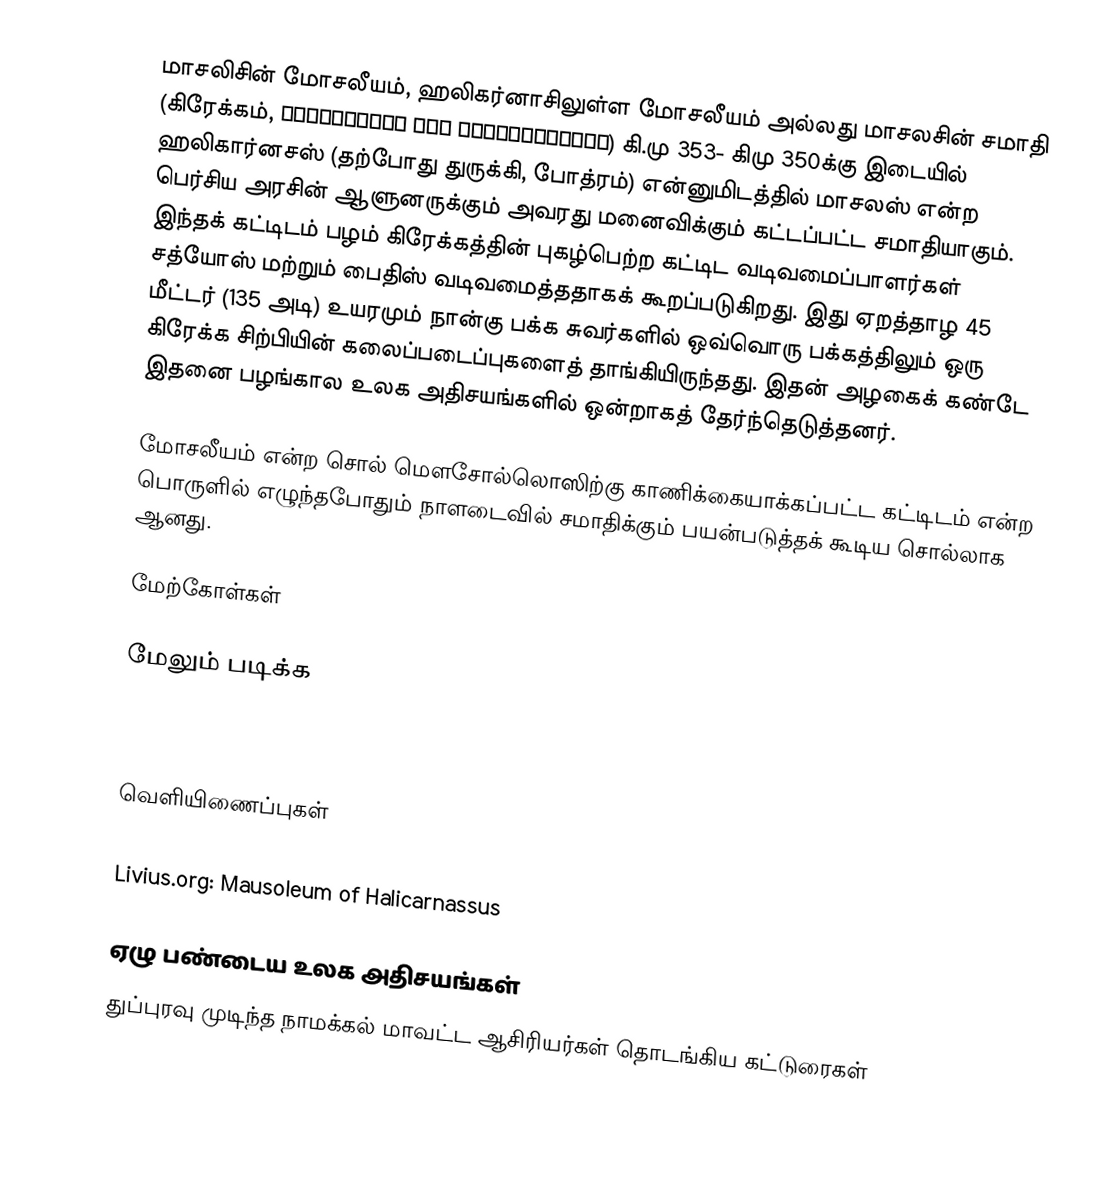
மாசலிசின் மோசலீயம், ஹலிகர்னாசிலுள்ள மோசலீயம் அல்லது மாசலசின் சமாதி (கிரேக்கம், Μαυσωλεῖον της Ἁλικαρνασσοῦ) கி.மு 353- கிமு 350க்கு இடையில் ஹலிகார்னசஸ் (தற்போது துருக்கி, போத்ரம்) என்னுமிடத்தில் மாசலஸ் என்ற பெர்சிய அரசின் ஆளுனருக்கும் அவரது மனைவிக்கும் கட்டப்பட்ட சமாதியாகும். இந்தக் கட்டிடம் பழம் கிரேக்கத்தின் புகழ்பெற்ற கட்டிட வடிவமைப்பாளர்கள் சத்யோஸ் மற்றும் பைதிஸ் வடிவமைத்ததாகக் கூறப்படுகிறது. இது ஏறத்தாழ 45 மீட்டர் (135 அடி) உயரமும் நான்கு பக்க சுவர்களில் ஒவ்வொரு பக்கத்திலும் ஒரு கிரேக்க சிற்பியின் கலைப்படைப்புகளைத் தாங்கியிருந்தது. இதன் அழகைக் கண்டே இதனை பழங்கால உலக அதிசயங்களில் ஒன்றாகத் தேர்ந்தெடுத்தனர்.

மோசலீயம் என்ற சொல் மௌசோல்லொஸிற்கு காணிக்கையாக்கப்பட்ட கட்டிடம் என்ற பொருளில் எழுந்தபோதும் நாளடைவில் சமாதிக்கும் பயன்படுத்தக் கூடிய சொல்லாக ஆனது.

மேற்கோள்கள்

மேலும் படிக்க
 Kristian Jeppesen, et al. The Maussolleion at Halikarnassos, 6 vols.
 Jean-Pierre Thiollet, Bodream, Anagramme, 2010, .

வெளியிணைப்புகள்
  - The Tomb of Mausolus (W.R. Lethaby's reconstruction of the Mausoleum, 1908)
 Livius.org: Mausoleum of Halicarnassus

ஏழு பண்டைய உலக அதிசயங்கள்
துப்புரவு முடிந்த நாமக்கல் மாவட்ட ஆசிரியர்கள் தொடங்கிய கட்டுரைகள்